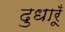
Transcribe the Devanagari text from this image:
दुधारूँ